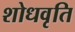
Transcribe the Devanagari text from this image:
शोधवृति